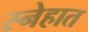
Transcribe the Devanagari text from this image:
स्नेहात